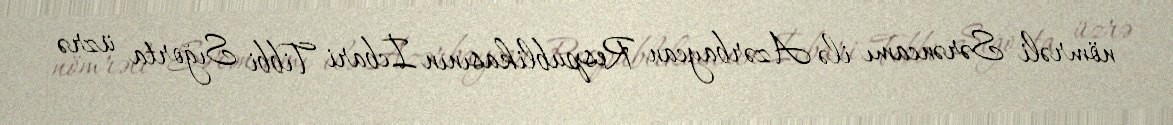
nömrəli Sərəncamı ilə Azərbaycan Respublikasının İcbari Tibbi Sığorta üzrə